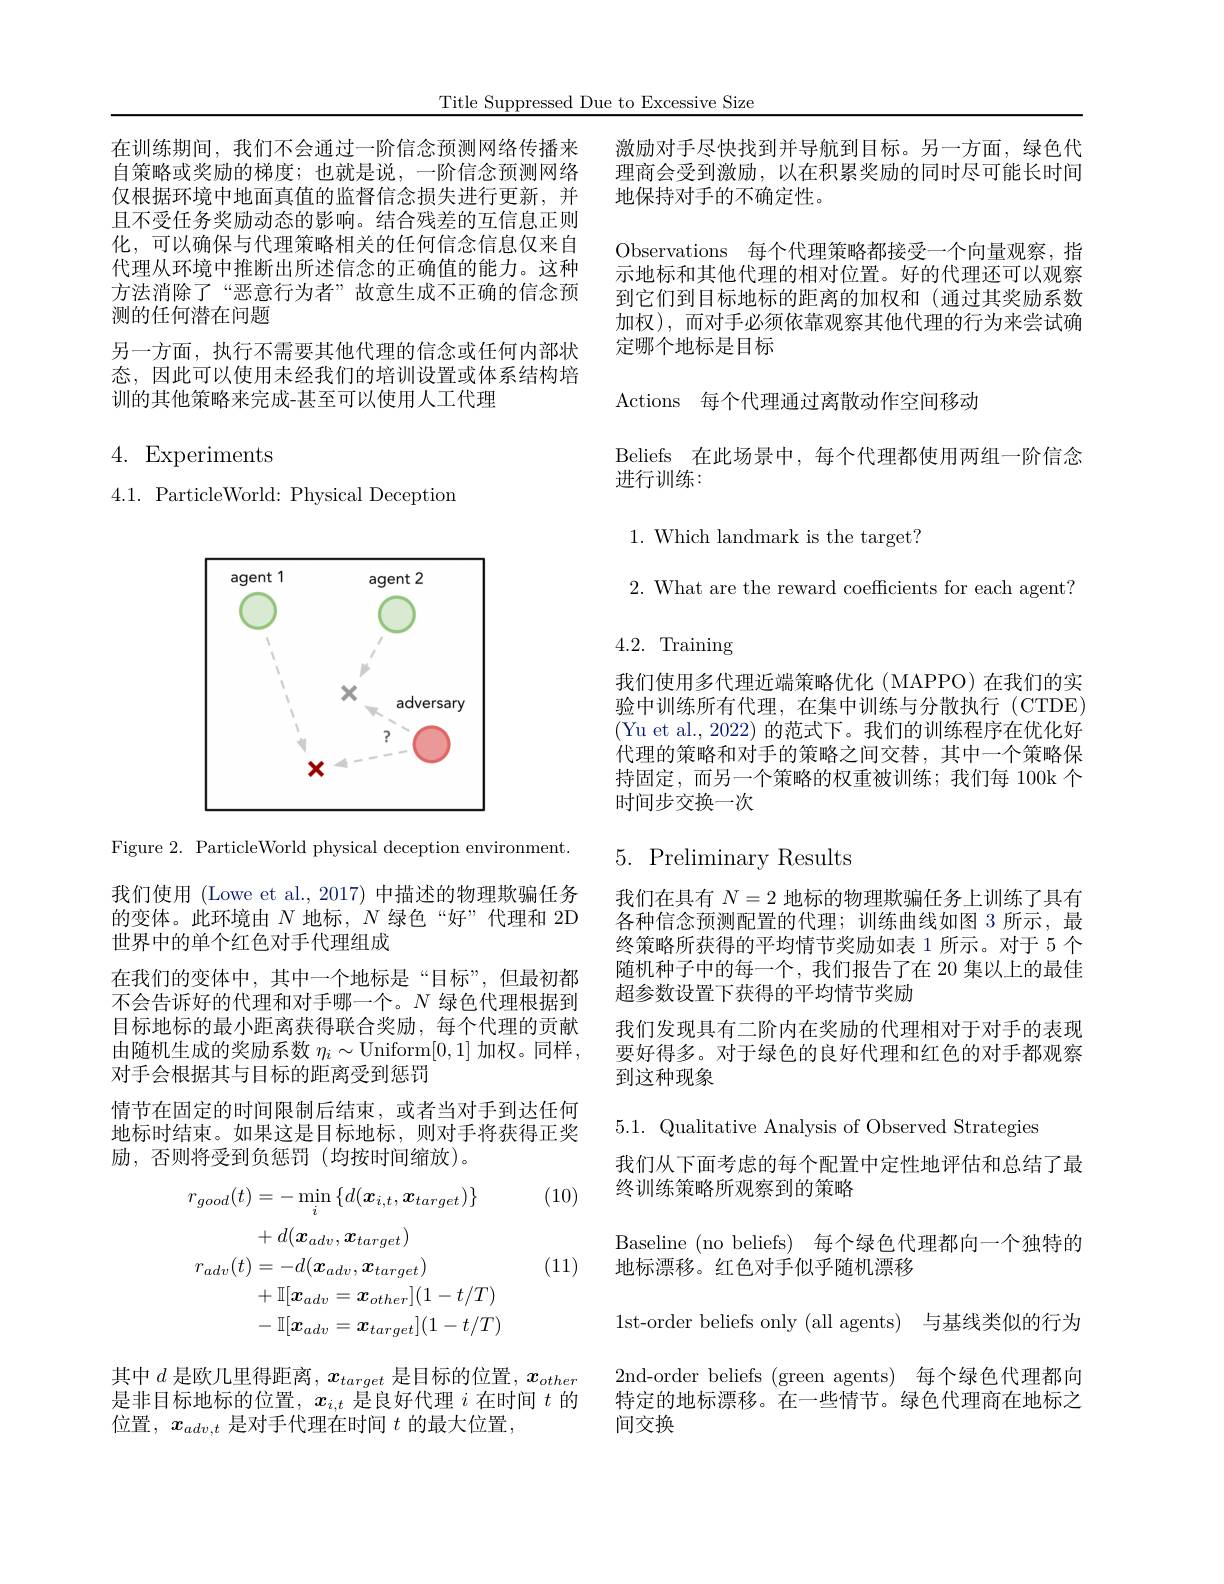
Title Suppressed Due to Excessive Size

激励对手尽快找到并导航到目标。另一方面，绿色代理商会受到激励，以在积累奖励的同时尽可能长时间地保持对手的不确定性。
Observations 每个代理策略都接受一个向量观察，指示地标和其他代理的相对位置。好的代理还可以观察到它们到目标地标的距离的加权和(通过其奖励系数加权),而对手必须依靠观察其他代理的行为来尝试确定哪个地标是目标

Actions 每个代理通过离散动作空间移动

Beliefs 在此场景中，每个代理都使用两组一阶信念

进行训练：

在训练期间，我们不会通过一阶信念预测网络传播来自策略或奖励的梯度；也就是说，一阶信念预测网络仅根据环境中地面真值的监督信念损失进行更新，并且不受任务奖励动态的影响。结合残差的互信息正则化，可以确保与代理策略相关的任何信念信息仅来自代理从环境中推断出所述信念的正确值的能力。这种方法消除了“恶意行为者”故意生成不正确的信念预测的任何潜在问题
另一方面，执行不需要其他代理的信念或任何内部状态，因此可以使用未经我们的培训设置或体系结构培训的其他策略来完成-甚至可以使用人工代理

4. Experiments

4.1. ParticleWorld: Physical Deception

<FigureHere>

Figure 2. ParticleWorld physical deception environment

我们使用 (Lowe et al.,2017) 中描述的物理欺骗任务的变体。此环境由$N$地标，$N$绿色“好”代理和 2D 世界中的单个红色对手代理组成
在我们的变体中，其中一个地标是“目标”,但最初都不会告诉好的代理和对手哪一个。$N$绿色代理根据到目标地标的最小距离获得联合奖励，每个代理的贡献由随机生成的奖励系数 $\eta_i\sim$Uniform[0,1] 加权。同样， 对手会根据其与目标的距离受到惩罚
情节在固定的时间限制后结束，或者当对手到达任何地标时结束。如果这是目标地标，则对手将获得正奖励，否则将受到负惩罚(均按时间缩放)。

(10)
$$\begin{aligned}r_{good}(t)&=-\min_{i}\{d(\boldsymbol{x}_{i,t},\boldsymbol{x}_{target})\}\\&+d(\boldsymbol{x}_{adv},\boldsymbol{x}_{target})\\r_{adv}(t)&=-d(\boldsymbol{x}_{adv},\boldsymbol{x}_{target})\\&+\mathbb{I}[\boldsymbol{x}_{adv}=\boldsymbol{x}_{other}](1-t/T)\\&-\mathbb{I}[\boldsymbol{x}_{adv}=\boldsymbol{x}_{target}](1-t/T)\end{aligned}$$
(11)

其中$d$是欧几里得距离，$x_target$是目标的位置，$x_other$ 是非目标地标的位置，$x_i,t$是良好代理$i$在时间$t$的位置，$x_{adv,t}$是对手代理在时间$t$的最大位置

$1.{\mathrm{~Which~landmark~is~the~target?}}$

$2.{\mathrm{~What~are~the~reward~coefficients~for~each~agent?}}$

4.2. Training

我们使用多代理近端策略优化 (MAPPO)在我们的实验中训练所有代理，在集中训练与分散执行(CTDE) (Yu et al., 2022) 的范式下。我们的训练程序在优化好代理的策略和对手的策略之间交替，其中一个策略保持固定，而另一个策略的权重被训练；我们每 100k 个时间步交换一次

# 5. Preliminary Results

我们在具有$N=2$地标的物理欺骗任务上训练了具有各种信念预测配置的代理；训练曲线如图 3 所示，最终策略所获得的平均情节奖励如表 1 所示。对于 5 个随机种子中的每一个，我们报告了在 20 集以上的最佳超参数设置下获得的平均情节奖励
我们发现具有二阶内在奖励的代理相对于对手的表现要好得多。对于绿色的良好代理和红色的对手都观察到这种现象

5.1. Qualitative Analysis of Observed Strategies
我们从下面考虑的每个配置中定性地评估和总结了最
终训练策略所观察到的策略
Baseline (no beliefs) 每个绿色代理都向一个独特的
地标漂移。红色对手似乎随机漂移
1st-order beliefs only (all agents) 与基线类似的行为2nd-order beliefs (green agents) 每个绿色代理都向特定的地标漂移。在一些情节。绿色代理商在地标之间交换